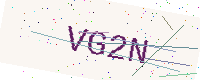
Text: VG2N